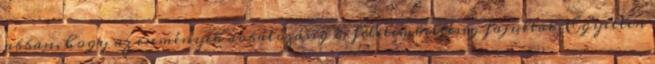
abban, hogy az események dobálózásig és félelemkeltésig fajultak. Egyetlen